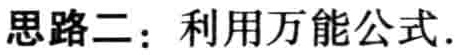
思路二：利用万能公式.